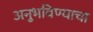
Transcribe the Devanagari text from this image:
अनुभविण्याचा